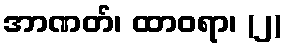
အာဏတ်၊ ထာဝရာ၊ (၂)